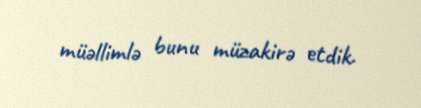
müəllimlə bunu müzakirə etdik.